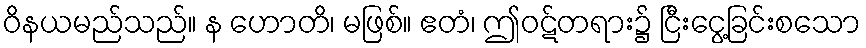
ဝိနယမည်သည်။ န ဟောတိ၊ မဖြစ်။ ဧတံ၊ ဤဝဋ်တရား၌ ငြီးငွေ့ခြင်းစသော